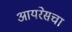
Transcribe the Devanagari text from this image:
आयरेसचा